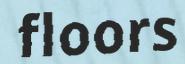
floors